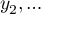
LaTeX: y _ { 2 } , \ldots